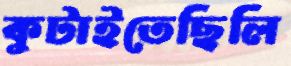
কুটাইতেছিলি